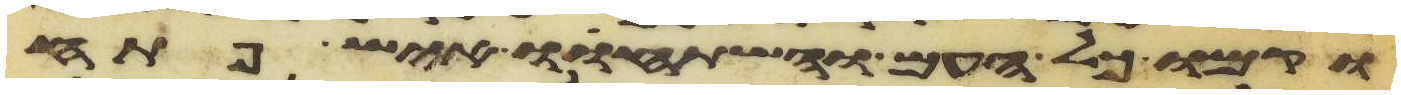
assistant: וקמו כל העם והשתחוו איש פתח